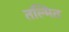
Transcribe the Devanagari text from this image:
तल्मित